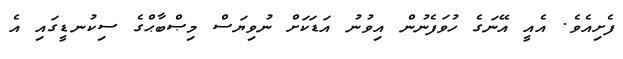
ފެށިއެވެ. އެއީ އޭނަގެ ހުވަފެނުން އިވުނު އަޑަކަށް ނުވިޔަސް މިޞްބާޙްގެ ސިކުނޑީގައި އެ